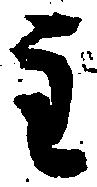
主